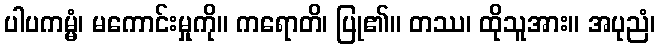
ပါပကမ္မံ၊ မကောင်းမှုကို။ ကရောတိ၊ ပြု၏။ တဿ၊ ထိုသူအား။ အပုညံ၊